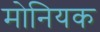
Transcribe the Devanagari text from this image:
मोनियक